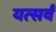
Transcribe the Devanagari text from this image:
यत्सर्वं